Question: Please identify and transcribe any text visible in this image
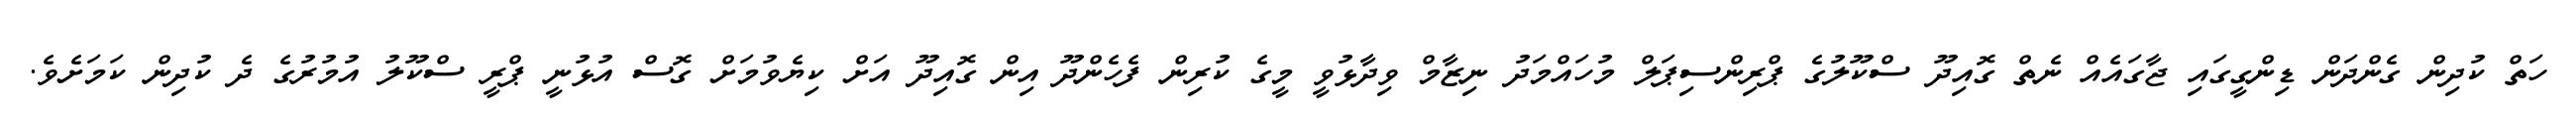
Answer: ހަތް ކުދިން ގެންދަން ޑިންގީގައި ޖާގައެއް ނެތް ގޮއިދޫ ސްކޫލުގެ ޕްރިންސިޕަލް މުހައްމަދު ނިޒާމް ވިދާޅުވީ މީގެ ކުރިން ފެހެންދޫ އިން ގޮއިދޫ އަށް ކިޔެވުމަށް ގޮސް އުޅުނީ ޕްރީ ސްކޫލު އުމުރުގެ ދެ ކުދިން ކަމަށެވެ.